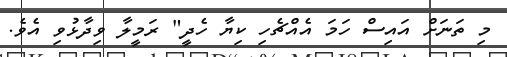
މި ތަނަށް އައިސް ހަމަ އެއްޗެހި ކިޔާ ހެދީ" ރަމީލާ ވިދާޅުވި އެވެ.